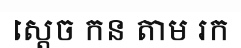
ស្តេច កន តាម រក